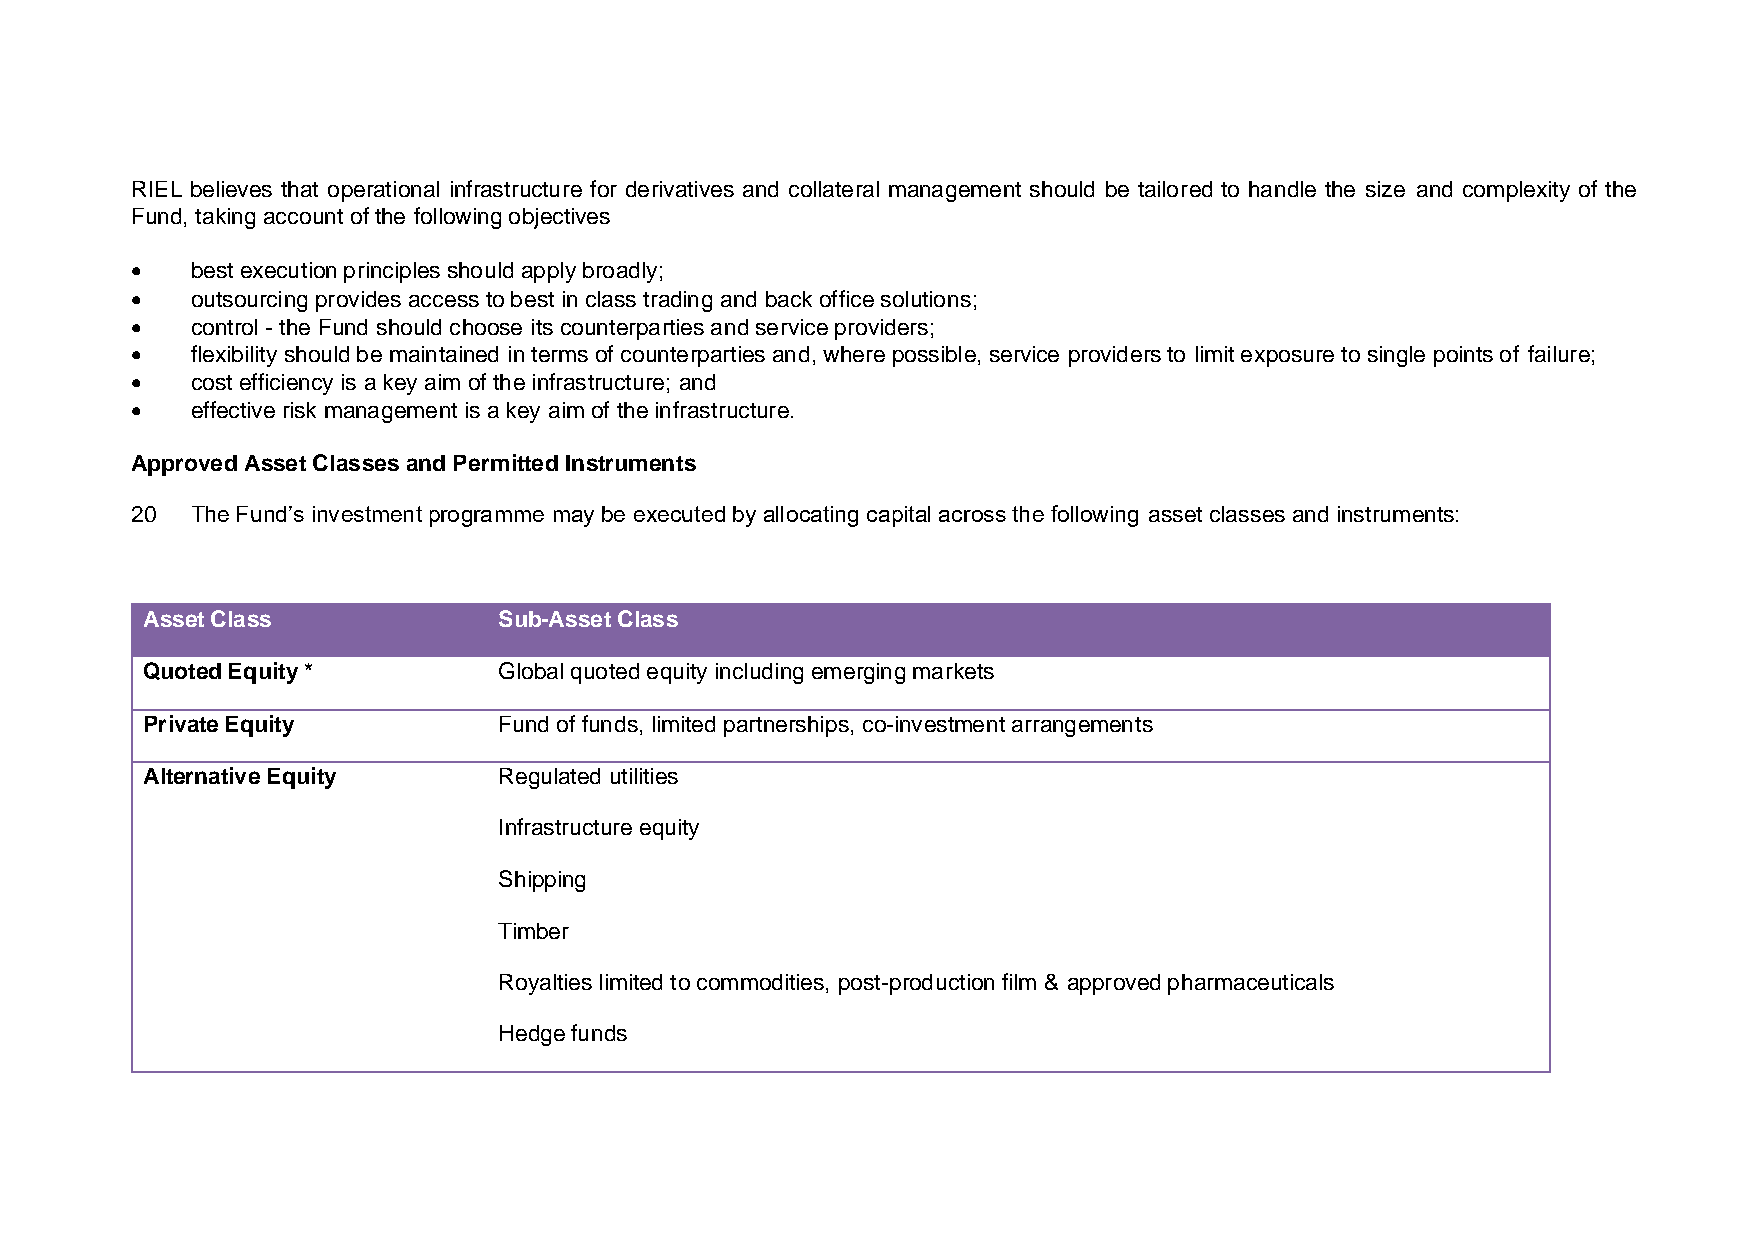
RIEL believes that operational infrastructure for derivatives and collateral management should be tailored to handle the size and complexity of the
 Fund, taking account of the following objectives
 •   best execution principles should apply broadly;
 •   outsourcing provides access to best in class trading and back office solutions;
 •   control - the Fund should choose its counterparties and service providers;
 •   flexibility should be maintained in terms of counterparties and, where possible, service providers to limit exposure to single points of failure;
 •   cost efficiency is a key aim of the infrastructure; and
 •   effective risk management is a key aim of the infrastructure.
 Approved Asset Classes and Permitted Instruments
 20  The Fund’s investment programme may be executed by allocating capital across the following asset classes and instruments:
 Asset Class             Sub-Asset Class
 Quoted Equity *         Global quoted equity including emerging markets
 Private Equity          Fund of funds, limited partnerships, co-investment arrangements
 Alternative Equity      Regulated utilities
 Infrastructure equity
 Shipping
 Timber
 Royalties limited to commodities, post-production film & approved pharmaceuticals
 Hedge funds